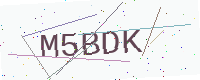
Text: M5BDK